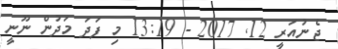
ޖެނުއަރީ 12